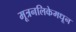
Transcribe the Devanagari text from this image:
मूत्रनलिकेमधून